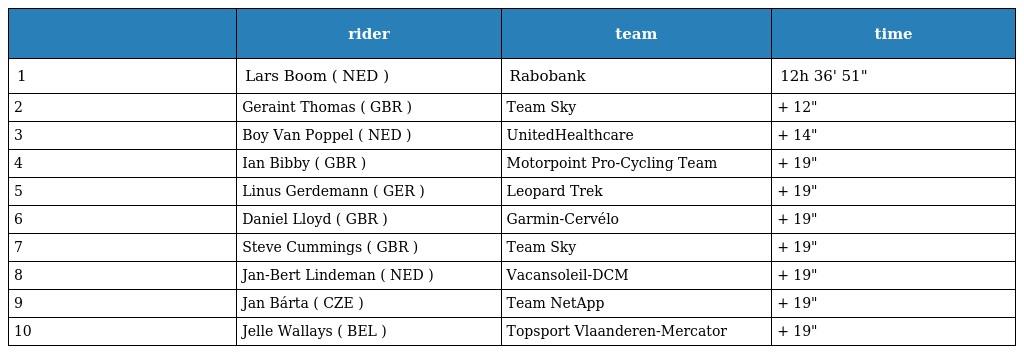
|  | rider | team | time |
 | --- | --- | --- | --- |
 | 1 | Lars Boom ( NED ) | Rabobank | 12h 36' 51" |
 | 2 | Geraint Thomas ( GBR ) | Team Sky | + 12" |
 | 3 | Boy Van Poppel ( NED ) | UnitedHealthcare | + 14" |
 | 4 | Ian Bibby ( GBR ) | Motorpoint Pro-Cycling Team | + 19" |
 | 5 | Linus Gerdemann ( GER ) | Leopard Trek | + 19" |
 | 6 | Daniel Lloyd ( GBR ) | Garmin-Cervélo | + 19" |
 | 7 | Steve Cummings ( GBR ) | Team Sky | + 19" |
 | 8 | Jan-Bert Lindeman ( NED ) | Vacansoleil-DCM | + 19" |
 | 9 | Jan Bárta ( CZE ) | Team NetApp | + 19" |
 | 10 | Jelle Wallays ( BEL ) | Topsport Vlaanderen-Mercator | + 19" |